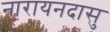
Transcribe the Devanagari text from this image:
नारायनदासु